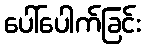
ပေါ်ပေါက်ခြင်း